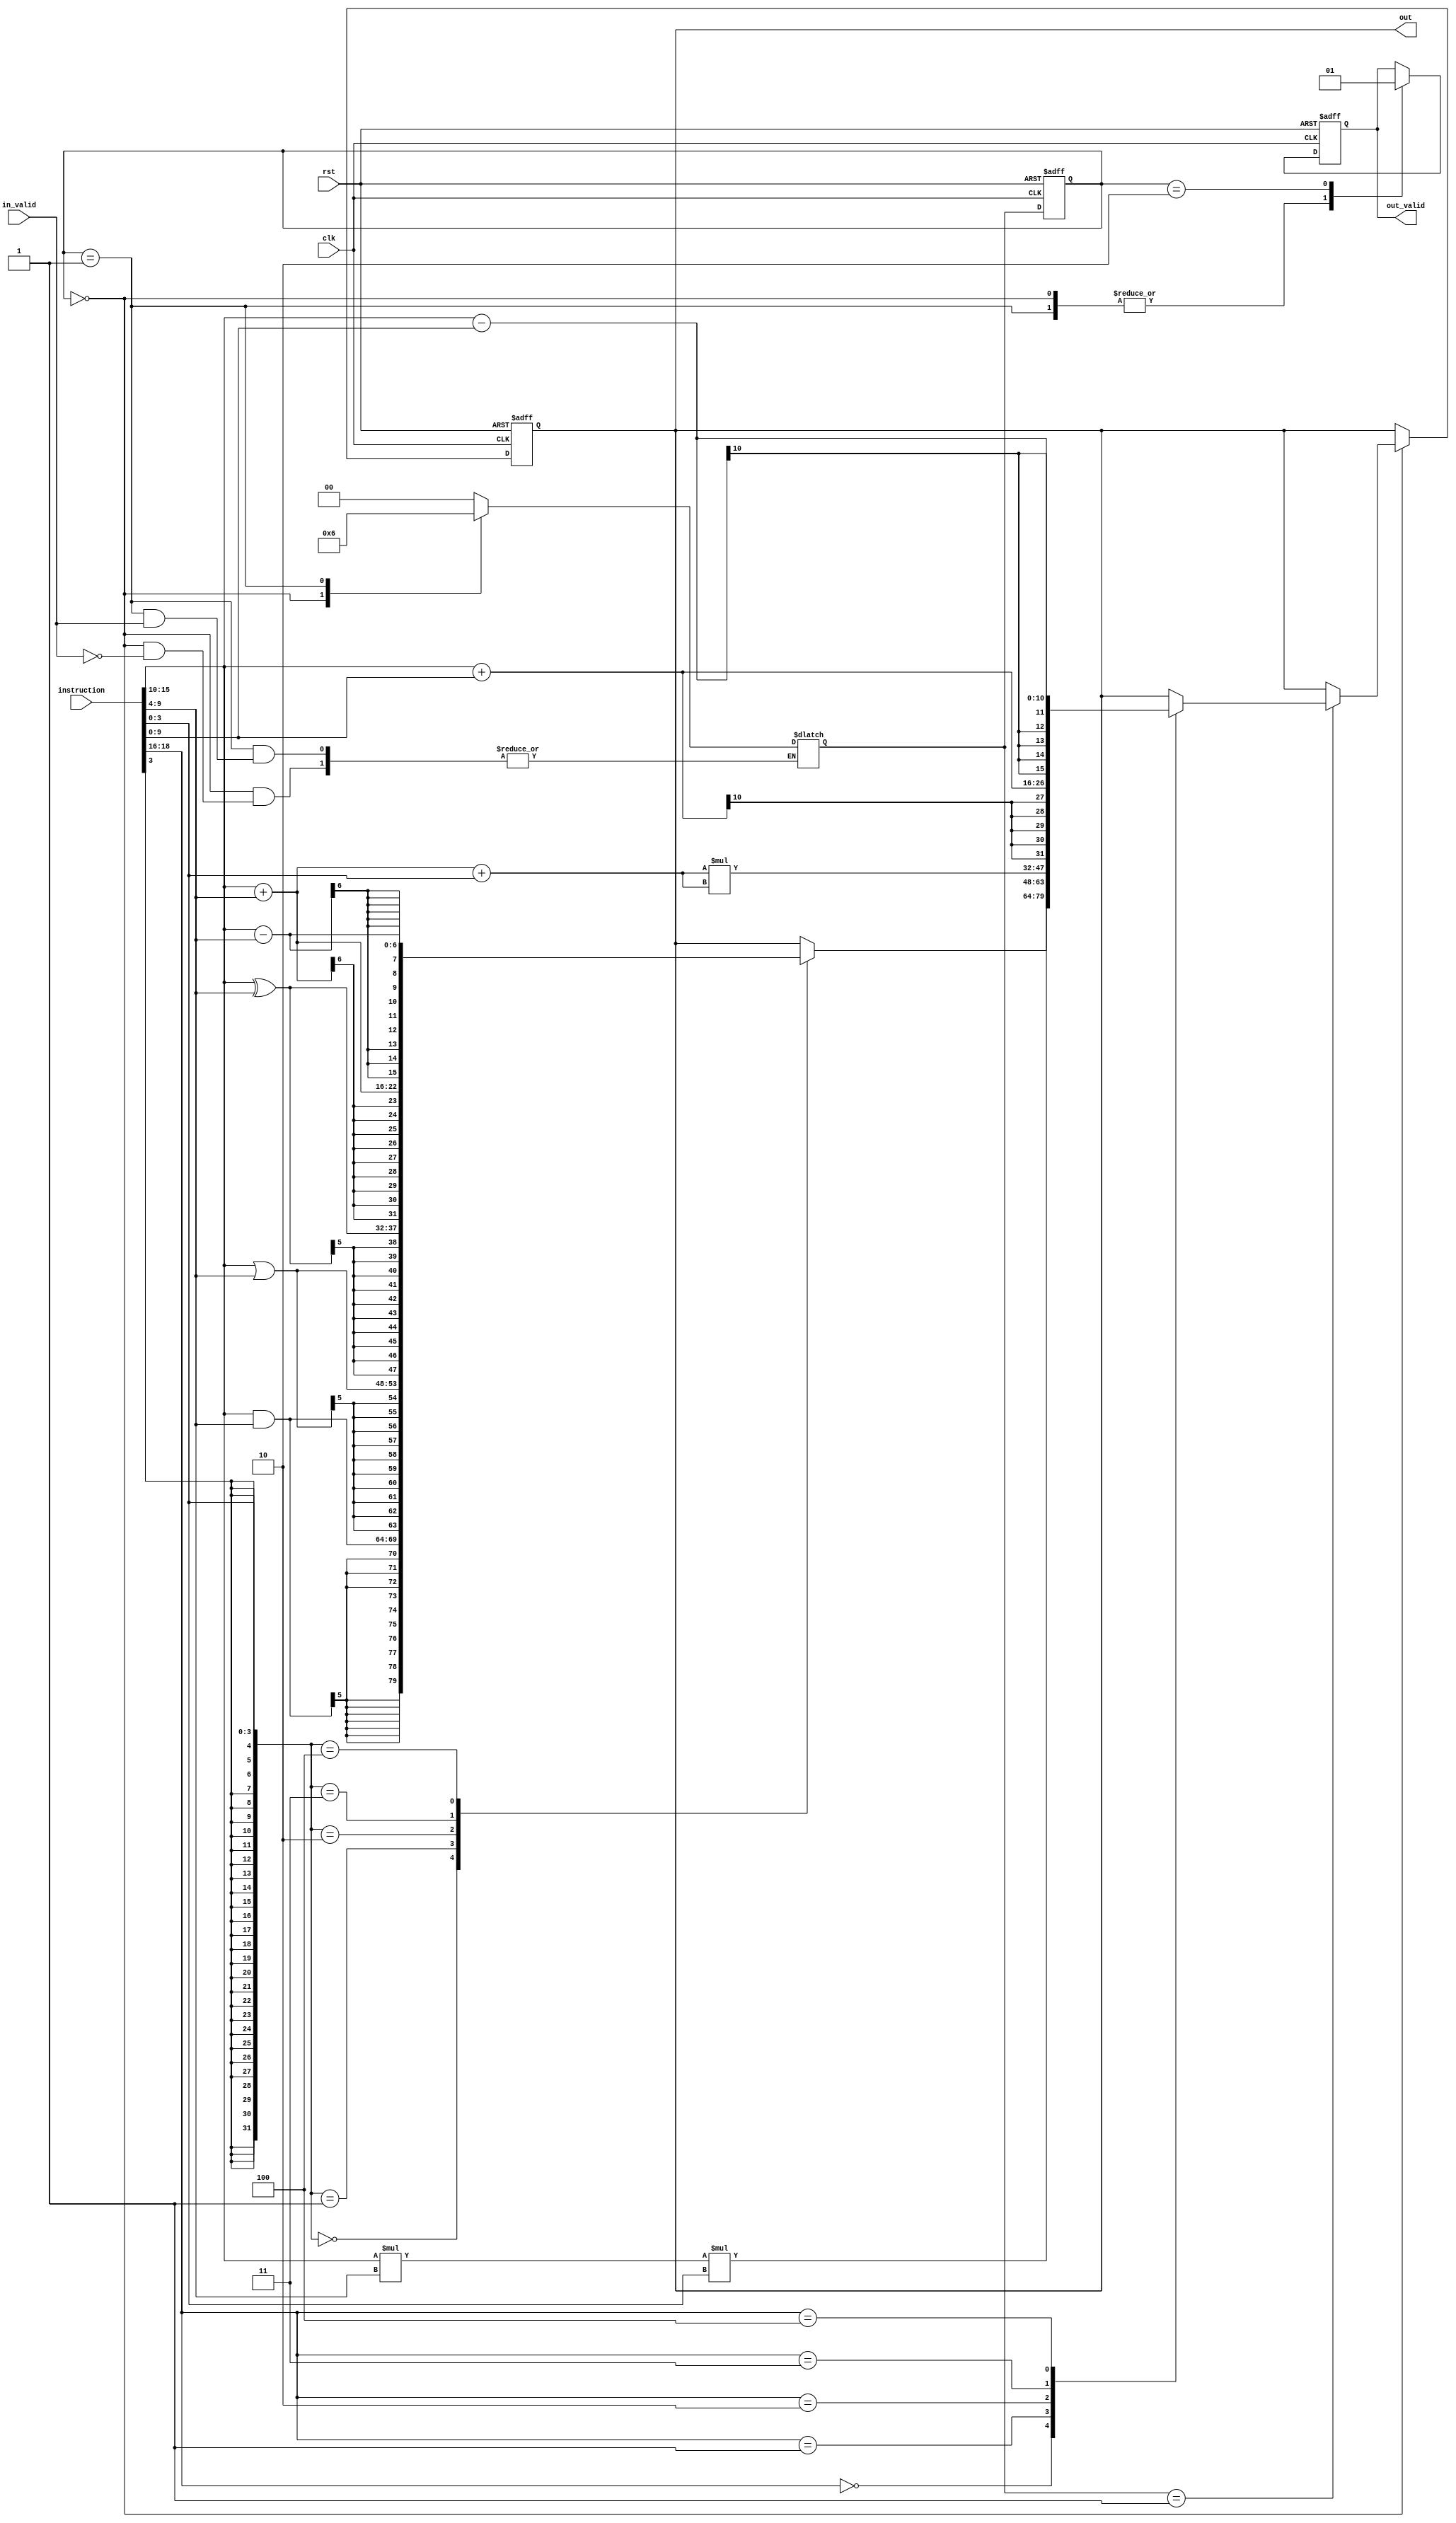
module DALU(
    // Input signals
	clk,
	rst,
	in_valid,
	instruction,
  // Output signals
  out_valid,
  out
    );

//---------------------------------------------------------------------
//   INPUT AND OUTPUT DECLARATION                         
//---------------------------------------------------------------------

input clk;
input rst;
input in_valid;
input [18:0] instruction;

output reg out_valid;
output reg signed [15:0] out;

//---------------------------------------------------------------------
// PARAMETER DECLARATION
//---------------------------------------------------------------------

parameter IDLE=0, INPUT=1, OUTPUT=2, OP=3;

//---------------------------------------------------------------------
//   WIRE AND REG DECLARATION                             
//---------------------------------------------------------------------

reg [1:0] cState, nState;
wire [2:0] L;
wire signed [5:0] s, t;
wire signed [3:0] l;
wire signed [9:0] i;

//---------------------------------------------------------------------
//   Combinational Circuits
//---------------------------------------------------------------------

assign L = instruction[18:16];
assign s = instruction[15:10];
assign t = instruction[9:4];
assign l = instruction[3:0];
assign i = instruction[9:0];

//---------------------------------------------------------------------
//   Finite-State Mechine                                          
//---------------------------------------------------------------------

// cState
always@(posedge clk, posedge rst)
begin
	if(rst) cState <= IDLE;
	else cState <= nState;
end

// nState
always@(*)
begin
	case(cState)
		IDLE: if(in_valid) nState = INPUT;
		INPUT: if(!in_valid) nState = OUTPUT;
		OUTPUT: nState = IDLE;
		default: nState = IDLE;
	endcase
end

//---------------------------------------------------------------------
//   Design Description                                          
//---------------------------------------------------------------------

// out_valid
always@(posedge clk, posedge rst)
begin
	if(rst) out_valid <= 0;
	else begin
		case(cState)
			IDLE: out_valid <= 0;
			INPUT: out_valid <= 0;
			OUTPUT: out_valid <= 1;
			default: out_valid <= out_valid;
		endcase
	end
end

// out
always@(posedge clk, posedge rst)
begin
	if(rst) out <= 0;
	else begin
		case(cState)
			IDLE: begin
				if(nState == INPUT) begin
					case(L)
						0: begin
							case(l)
								0: out <= s & t;
								1: out <= s | t;
								2: out <= s ^ t;
								3: out <= s + t;
								4: out <= s - t;
								default: out <= out;
							endcase
						end
						1: out <= s * t * l;
						2: out <= (s+t+l) * (s+t+l);
						3: out <= s + i;
						4: out <= s - i;
						default: out <= out;
					endcase
				end
			end
			INPUT: out <= out;
			OUTPUT: out <= out;
			default: out <= out;
		endcase
	end
end

endmodule